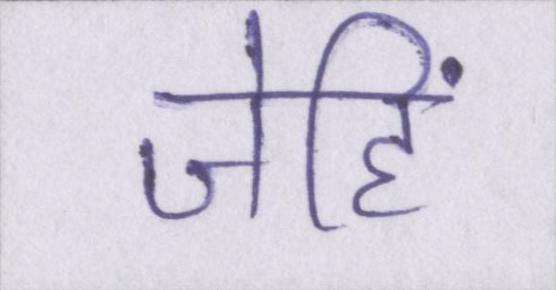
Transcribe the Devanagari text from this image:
जेहिं